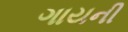
ગાયની